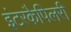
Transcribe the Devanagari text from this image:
इंटरकैपिलरी